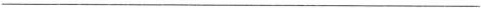
___